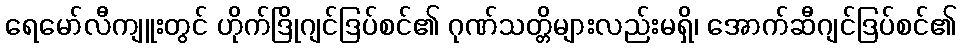
ရေမော်လီကျူးတွင် ဟိုက်ဒြိုဂျင်ဒြပ်စင်၏ ဂုဏ်သတ္တိများလည်းမရှိ၊ အောက်ဆီဂျင်ဒြပ်စင်၏